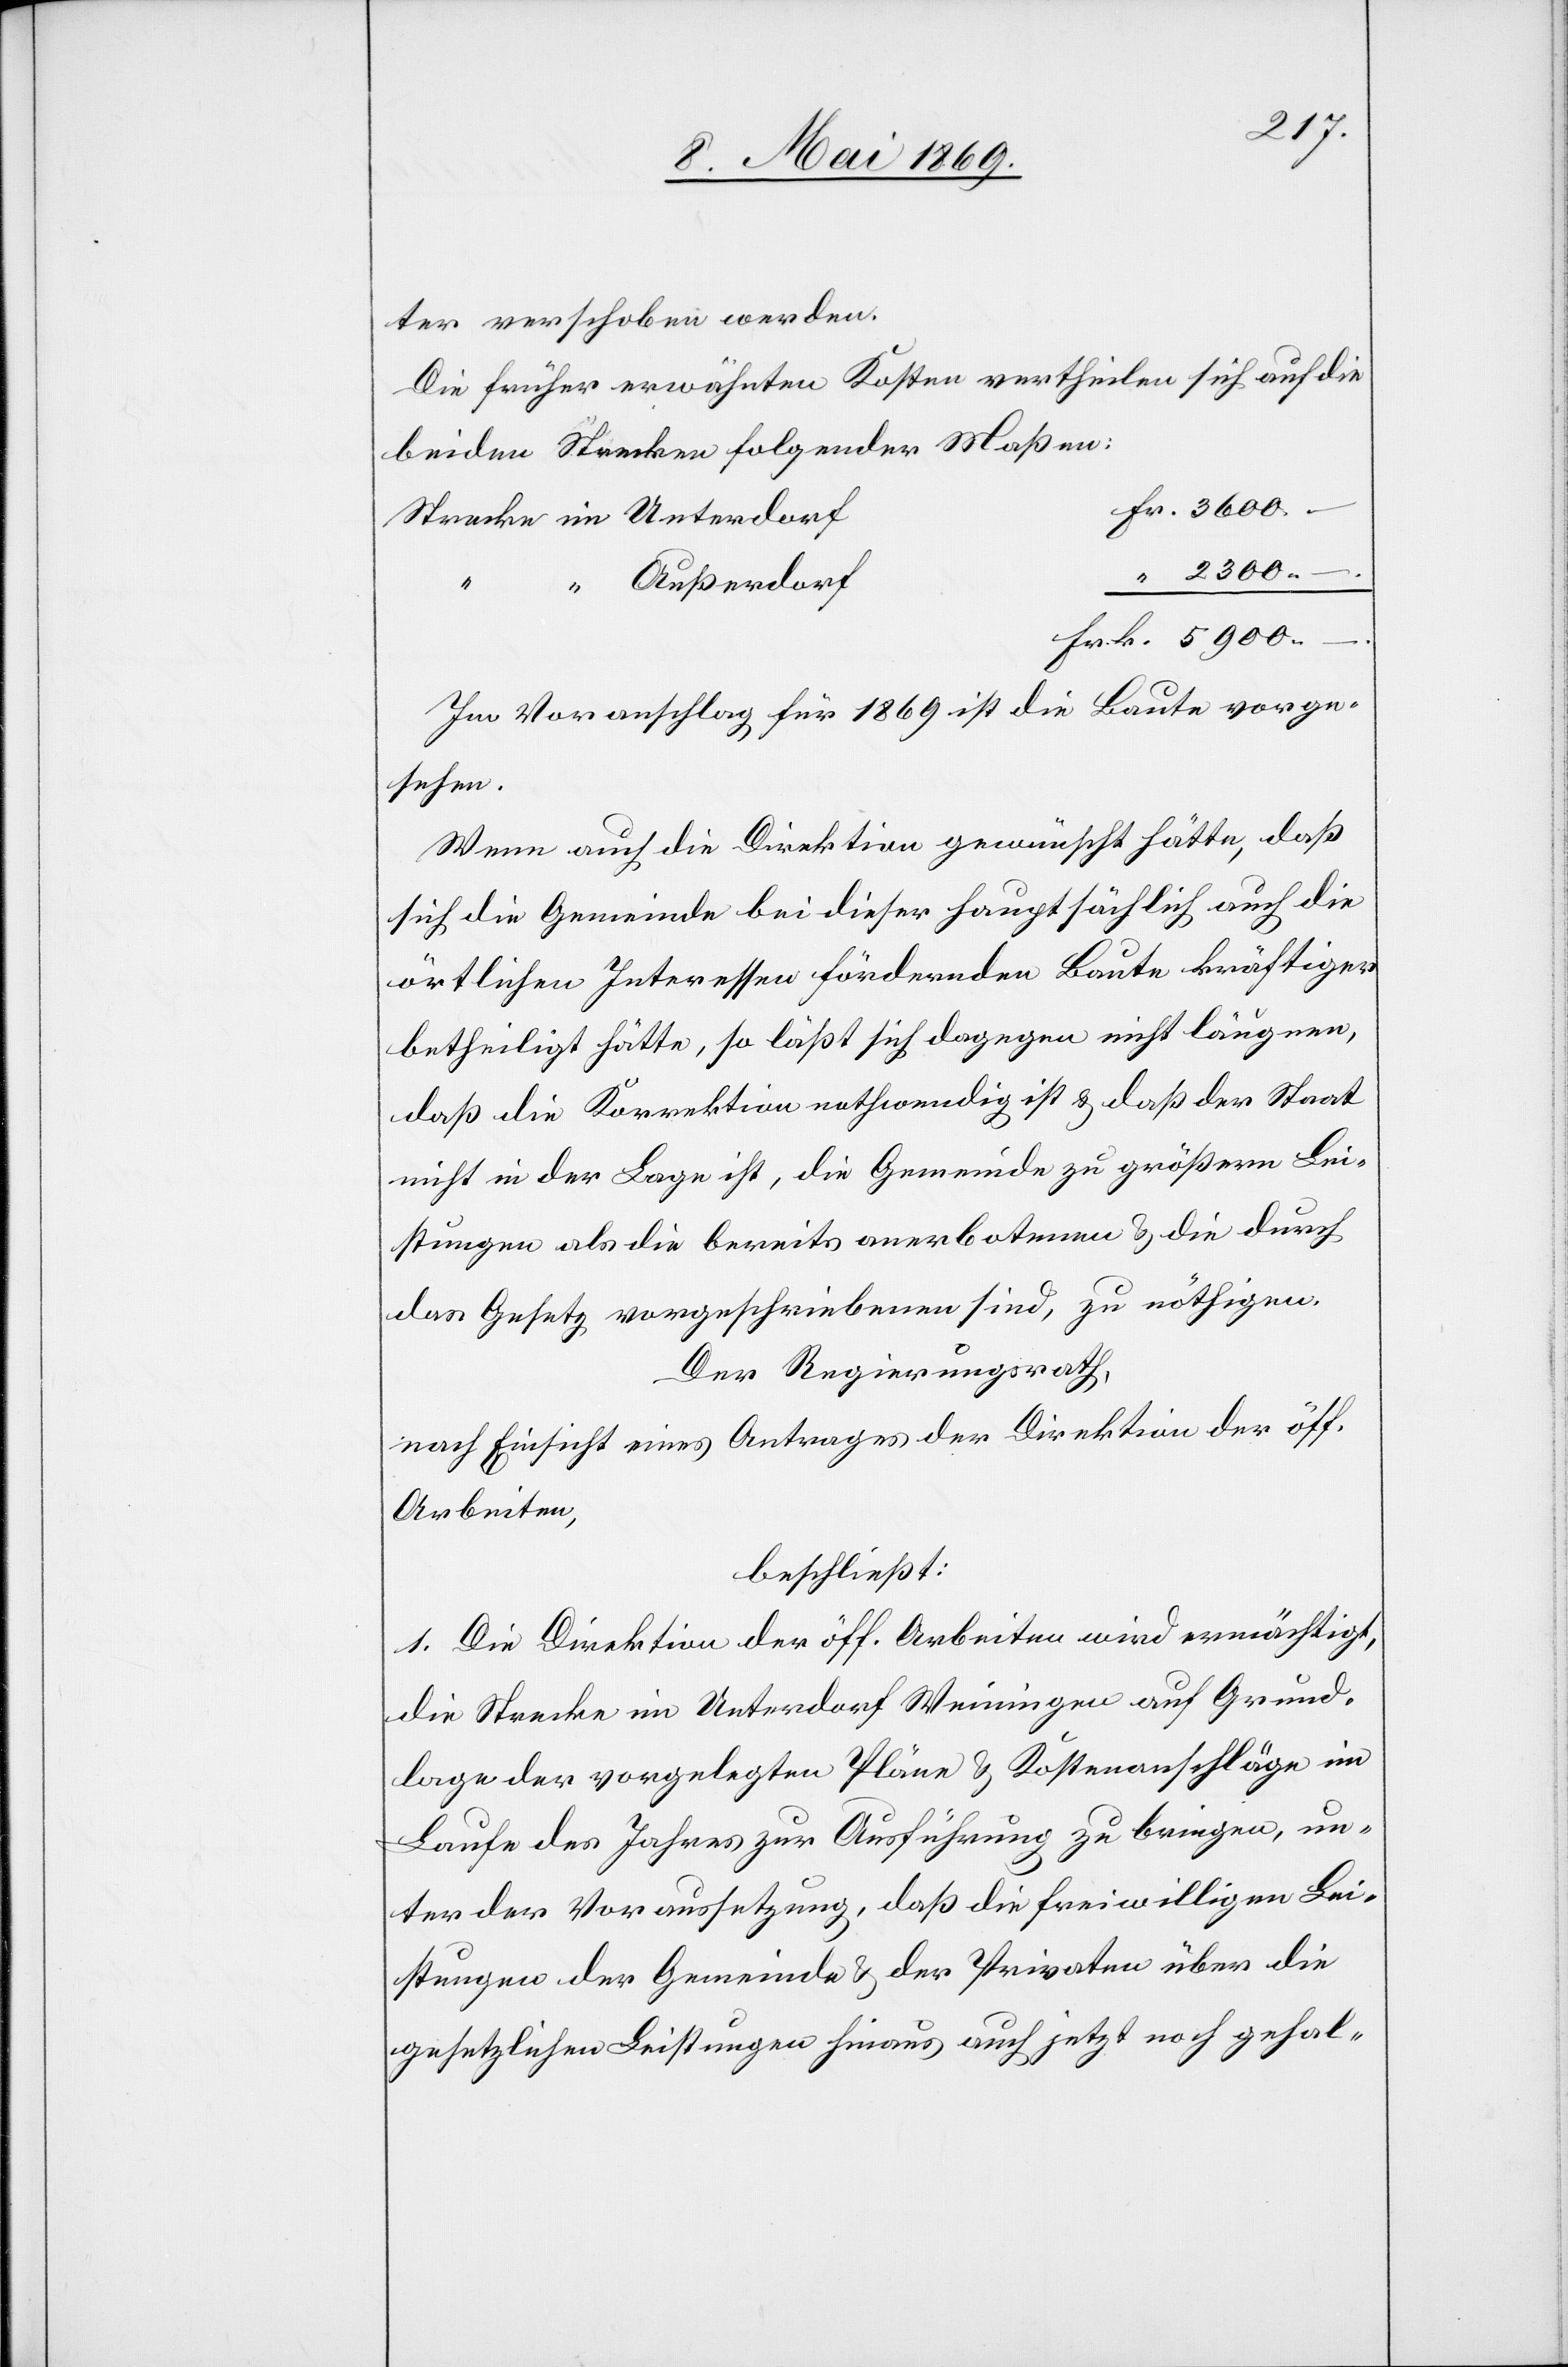
ter verschoben werden.
Die früher erwähnten Kosten vertheilen sich auf die
beiden Strecken folgender Maßen:
Strecke im Unterdorf
“ Außerdorf
Im Voranschlag für 1869 ist die Baute vorge¬
sehen.
Wenn auch die Direktion gewünscht hätte, daß
sich die Gemeinde bei dieser hauptsächlich auch die
örtlichen Interessen fördernden Baute kräftiger
betheiligt hätte, so läßt sich dagegen nicht läugnen,
daß die Korrektion nothwendig ist u. daß der Staat
nicht in der Lage ist, die Gemeinde zu größern Lei¬
stungen als die bereits anerbotenen u. die durch
das Gesetz vorgeschriebenen sind, zu nöthigen.
Der Regierungsrath,
nach Einsicht eines Antrages der Direktion der öff.
Arbeiten,
beschließt:
1. Die Direktion der öff. Arbeiten wird ermächtigt,
die Strecke im Unterdorf Weiningen auf Grund¬
lage der vorgelegten Pläne u. Kostenanschläge im
Laufe des Jahres zur Ausführung zu bringen, un¬
ter der Voraussetzung, daß die freiwilligen Lei¬
stungen der Gemeinde u. der Privaten über die
gesetzlichen Leistungen hinaus auch jetzt noch gehal-